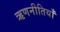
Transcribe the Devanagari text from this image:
ऋणनीतियाँ